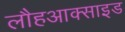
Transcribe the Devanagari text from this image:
लौहआक्साइड